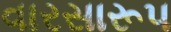
વારસારૂપ